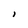
Character: I